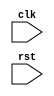
module cpu(clk, rst);
   input clk;
   input rst;

   //////////////////////////////////////////////////////////////////////
   // Parameters.
   //////////////////////////////////////////////////////////////////////
   parameter CELL_BITS = 32;
   parameter MEM_SIZE = 2048;
   parameter STACK_SIZE = 64;
   parameter RSTACK_SIZE = 64;
   parameter SP_SIZE = 6;
   parameter RSP_SIZE = 6;
   parameter ICOUNT_BITS = 3;
   parameter ICOUNT = 7;
   
   parameter MSB = CELL_BITS - 1;
   //////////////////////////////////////////////////////////////////////

   
   //////////////////////////////////////////////////////////////////////
   // Registers and memory.
   //////////////////////////////////////////////////////////////////////
   reg [MSB:0] pmem[MEM_SIZE-1:0];
   
   reg [MSB:0] stack[STACK_SIZE-1:0];
   reg [MSB:0] rstack[RSTACK_SIZE-1:0];

   reg [SP_SIZE-1:0]   sp;
   reg [RSP_SIZE-1:0]  rsp;

   reg [MSB:0] tos;
   reg [MSB:0] nos;

   reg [MSB:0] tors;

   reg [MSB:0] a;
   
   reg [MSB:0] ip;
   reg [MSB:0] ir;

   reg [ICOUNT_BITS-1:0] icount;
   //////////////////////////////////////////////////////////////////////


   //////////////////////////////////////////////////////////////////////
   // Opcode.
   //////////////////////////////////////////////////////////////////////
   wire [3:0] 		 opcode;
   wire [5:0] 		 opcodex;
   wire [MSB-6:0] 	 jump_target;
   wire [MSB-4:0] 	 literal;
   
   assign opcode = ir[MSB:MSB-3];
   assign opcodex = ir[MSB:MSB-5];
   assign jump_target = ir[MSB-6:0];
   assign literal = ir[MSB-4:0];
   //////////////////////////////////////////////////////////////////////

   
   //////////////////////////////////////////////////////////////////////
   // Control signals.
   //////////////////////////////////////////////////////////////////////
   wire 		 condition;

   assign condition = |tos;
   //////////////////////////////////////////////////////////////////////
   
   
   //////////////////////////////////////////////////////////////////////
   // ALU
   //////////////////////////////////////////////////////////////////////
   wire [MSB:0] 	 alu_a;
   wire [MSB:0] 	 alu_b;
   reg [MSB:0] 		 alu_out;

   assign alu_a = nos;
   assign alu_b = tos;
   
   always @ (ir)
     case (opcode)
       4'b0000: alu_out = 0;
       4'b0001: alu_out = alu_a + alu_b;
       4'b0010: alu_out = ~(alu_a & alu_b);
       4'b0011: alu_out = alu_a ^ alu_b;
       4'b0100: alu_out = alu_b << 1;
       4'b0101: alu_out = alu_b >> 1;
       default: alu_out = 0;
     endcase
   //////////////////////////////////////////////////////////////////////

   
   //////////////////////////////////////////////////////////////////////
   // Instruction register/pointer/counter.
   //////////////////////////////////////////////////////////////////////
   always @ (posedge clk)
     if (rst)
       begin
	  ir <= 0;
	  ip <= 0;
	  icount <= 0;
       end
     else
       begin
	  // Unconditional branch.
	  if (opcodex == 6'b111000 || opcodex == 6'b111010)
	    begin
	       ir <= pmem[{6'b000000, jump_target}];
	       ip <= {6'b000000, jump_target} + 1;
	       icount <= ICOUNT;
	    end
	  // Conditional branch.
	  else if ((opcodex == 6'b111001 || opcodex == 6'b111011)
		   && (tos != 0))
	    begin
	       ir <= pmem[{6'b000000, jump_target}];
	       ip <= {6'b000000, jump_target} + 1;
	       icount <= ICOUNT;
	    end
	  // Unconditional return.
	  else if (opcode == 4'b0110)
	    begin
	       ir <= pmem[tors];
	       ip <= tors + 1;
	       icount <= ICOUNT;
	    end
	  // Conditional return.
	  else if (opcode == 4'b1101 && tos != 0)
	    begin
	       ir <= pmem[tors];
	       ip <= tors + 1;
	       icount <= ICOUNT;
	    end
	  // Literal.
	  else if (opcode == 4'b1111)
	    begin
	       ir <= pmem[ip];
	       ip <= ip + 1;
	       icount <= ICOUNT;
	    end
	  // Normal instruction.
	  else
	    begin
	       if (icount == 0)
		 begin
		    ir <= pmem[ip];
		    ip <= ip + 1;
		    icount <= ICOUNT;
		 end
	       else
		 begin
		    ir <= ir << 4;
		    icount <= icount - 1;
		    ip <= ip;
		 end
	    end
       end
   //////////////////////////////////////////////////////////////////////
   
   
   //////////////////////////////////////////////////////////////////////
   // Data stack.
   //////////////////////////////////////////////////////////////////////
   always @ (posedge clk)
     begin
	if (rst)
	  begin
	     sp <= (STACK_SIZE-1);
	     tos <= 0;
	     nos <= 0;
	  end
	else
	  case (opcode)
	    // NOP.
	    4'b0000:
	      begin
		 tos <= tos;
		 nos <= nos;
		 sp <= sp;
	      end
	    // ADD.
	    4'b0001:
	      begin
		 tos <= alu_out;
		 nos <= stack[sp+1];
		 sp <= sp + 1;
	      end
	    // NAND.
	    4'b0010:
	      begin
		 tos <= alu_out;
		 nos <= stack[sp+1];
		 sp <= sp + 1;
	      end
	    // XOR.
	    4'b0011:
	      begin
		 tos <= alu_out;
		 nos <= stack[sp+1];
		 sp <= sp + 1;
	      end
	    // SHR.
	    4'b0100:
	      begin
		 tos <= alu_out;
		 nos <= nos;
		 sp <= sp;
	      end
	    // SHL.
	    4'b0101:
	      begin
		 tos <= alu_out;
		 nos <= nos;
		 sp <= sp;
	      end
	    // >R.
	    4'b0110:
	      begin
		 nos <= stack[sp+1];
		 tos <= nos;
		 sp <= sp + 1;
	      end
	    // R>.
	    4'b0111:
	      begin
		 stack[sp] <= nos;
		 nos <= tos;
		 tos <= tors;
		 sp <= sp - 1;
	      end
	    // >A.
	    4'b1000:
	      begin
		 nos <= stack[sp+1];
		 tos <= nos;
		 sp <= sp + 1;
	      end
	    // A>.
	    4'b1001:
	      begin
		 stack[sp] <= nos;
		 nos <= tos;
		 tos <= a;
		 sp <= sp - 1;
	      end
	    // FETCH.
	    4'b1010:
	      begin
		 stack[sp] <= nos;
		 nos <= tos;
		 tos <= pmem[a];
		 sp <= sp - 1;
	      end
	    // STORE.
	    4'b1011:
	      begin
		 nos <= stack[sp+1];
		 tos <= nos;
		 pmem[a] <= tos;
		 sp <= sp + 1;
	      end
	    // RETURN.
	    4'b1100:
	      begin
		 nos <= nos;
		 tos <= tos;
		 sp <= sp;
	      end
	    // CRETURN.
	    4'b1101:
	      begin
		 if (condition)
		   begin
		      nos <= stack[sp+1];
		      tos <= nos;
		      sp <= sp + 1;
		   end
		 else
		   begin
		      nos <= nos;
		      tos <= tos;
		      sp <= sp;
		   end
	      end
	    // BRANCH.
	    4'b1110:
	      begin
		 case (opcodex)
		   // JMP.
		   6'b111000:
		     begin
			nos <= nos;
			tos <= tos;
			sp <= sp;
		     end
		   // CJMP.
		   6'b111001:
		     begin
			if (condition)
			  begin
			     nos <= stack[sp+1];
			     tos <= nos;
			     sp <= sp + 1;
			  end
			else
			  begin
			     nos <= nos;
			     tos <= tos;
			     sp <= sp;
			  end
		     end
		   // CALL.
		   6'b111010:
		     begin
			nos <= nos;
			tos <= tos;
			sp <= sp;
		     end
		   // CCALL.
		   6'b111011:
		     begin
			if (condition)
			  begin
			     nos <= stack[sp+1];
			     tos <= nos;
			     sp <= sp + 1;
			  end
			else
			  begin
			     nos <= nos;
			     tos <= tos;
			     sp <= sp;
			  end
		     end
		 endcase
	      end
	    // LITERAL.
	    4'b1111:
	      begin
		 stack[sp] <= nos;
		 nos <= tos;
		 tos <= {4'b0000, literal};
		 sp <= sp - 1;
	      end
	  endcase
     end
   //////////////////////////////////////////////////////////////////////
   

   //////////////////////////////////////////////////////////////////////
   // Return stack.
   //////////////////////////////////////////////////////////////////////
   always @ (posedge clk)
     begin
	if (rst)
	  begin
	     rsp <= (RSTACK_SIZE-1);
	     tors <= 0;
	  end
	else
	  begin
	     case (opcode)
	       // NOP.
	       4'b0000:
		 begin
		    tors <= tors;
		    rsp <= rsp;
		 end
	       // ADD.
	       4'b0001:
		 begin
		    tors <= tors;
		    rsp <= rsp;
		 end
	       // NAND.
	       4'b0010:
		 begin
		    tors <= tors;
		    rsp <= rsp;
		 end
	       // XOR.
	       4'b0011:
		 begin
		    tors <= tors;
		    rsp <= rsp;
		 end
	       // SHR.
	       4'b0100:
		 begin
		    tors <= tors;
		    rsp <= rsp;
		 end
	       // SHL.
	       4'b0101:
		 begin
		    tors <= tors;
		    rsp <= rsp;
		 end
	       // >R.
	       4'b0110:
		 begin
		    rstack[rsp] <= tors;
		    tors <= tos;
		    rsp <= rsp - 1;
		 end
	       // R>.
	       4'b0111:
		 begin
		    tors <= rstack[rsp+1];
		    rsp <= rsp + 1;
		 end
	       // >A.
	       4'b1000:
		 begin
		    tors <= tors;
		    rsp <= rsp;
		 end
	       // A>.
	       4'b1001:
		 begin
		    tors <= tors;
		    rsp <= rsp;
		 end
	       // FETCH.
	       4'b1010:
		 begin
		    tors <= tors;
		    rsp <= rsp;
		 end
	       // STORE.
	       4'b1011:
		 begin
		    tors <= tors;
		    rsp <= rsp;
		 end
	       // RETURN.
	       4'b1100:
		 begin
		    tors <= rstack[rsp+1];
		    rsp <= rsp + 1;
		 end
	       // CRETURN.
	       4'b1101:
		 begin
		    if (condition)
		      begin
			 tors <= rstack[rsp+1];
			 rsp <= rsp + 1;
		      end
		    else
		      begin
			 tors <= tors;
			 rsp <= rsp;
		      end
		 end
	       // BRANCH.
	       4'b1110:
		 begin
		 case (opcodex)
		   // JMP.
		   6'b111000:
		     begin
			tors <= tors;
			rsp <= rsp;
		     end
		   // CJMP.
		   6'b111001:
		     begin
			tors <= tors;
			rsp <= rsp;
		     end
		   // CALL.
		   6'b111010:
		     begin
			rstack[rsp] <= tors;
			tors <= ip + 1;
			rsp <= rsp - 1;
		     end
		   // CCALL.
		   6'b111011:
		     begin
			if (condition)
			  begin
			     rstack[rsp] <= tors;
			     tors <= ip + 1;
			     rsp <= rsp - 1;
			  end
			else
			  begin
			     tors <= tors;
			     rsp <= rsp;
			  end
		     end
		 endcase
		 end
	       // LITERAL.
	       4'b1111:
		 begin
		    tors <= tors;
		    rsp <= rsp;
		 end
	     endcase
	  end
     end
   //////////////////////////////////////////////////////////////////////


   //////////////////////////////////////////////////////////////////////
   // Address register.
   //////////////////////////////////////////////////////////////////////
   always @ (posedge clk)
     if (rst)
       begin
	  a <= 0;
       end
     else if (opcode == 4'b1000)
       begin
	  a <= tos;
       end
     else
       begin
	  a <= a;
       end
endmodule // cpu